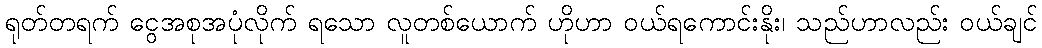
ရုတ်တရက် ငွေအစုအပုံလိုက် ရသော လူတစ်ယောက် ဟိုဟာ ဝယ်ရကောင်းနိုး၊ သည်ဟာလည်း ဝယ်ချင်